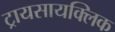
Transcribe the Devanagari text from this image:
ट्रायसायक्लिक